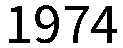
1974